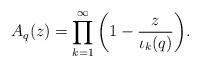
LaTeX: \begin{align*}A_{q}(z)=\prod_{k=1}^{\infty}\left(1-\frac{z}{\iota_{k}(q)}\right)\!.\end{align*}